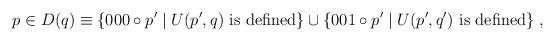
LaTeX: \begin{align*}p\in D(q)\equiv\{000\circ p'\mid U(p',q) \mbox{~is defined}\}\cup\{001\circ p'\mid U(p',q') \mbox{~is defined}\} \;,\end{align*}